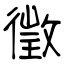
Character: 徵